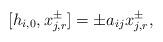
LaTeX: \begin{align*}[h_{i,0}, x_{j,r}^{\pm}] = \pm a_{ij} x_{j,r}^{\pm}, \end{align*}